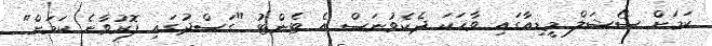
ކަމަށް ސޯޝަލް މީޑިއާގައި ވާހަކަ ދެކެވުނަސް އެ ޓެންޓު "ގަސްދުގައި ފޮރުވާނެ ކަމަށް"